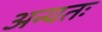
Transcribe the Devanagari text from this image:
अन्यतः